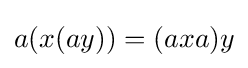
a(x(ay))=(axa)y